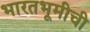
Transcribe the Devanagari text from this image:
भारतभूमीची